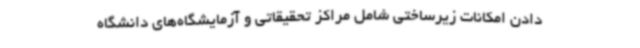
دادن امکانات زیرساختی شامل مراکز تحقیقاتی و آزمایشگاه‌های دانشگاه